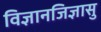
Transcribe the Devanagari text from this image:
विज्ञानजिज्ञासु